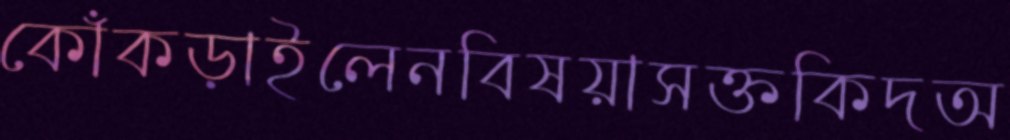
কোঁকড়াইলেনবিষয়াসক্তকিদঅ